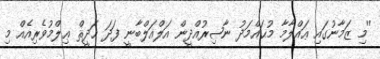
''މި ޒަމާނުގައި ޢައްލާމާ މުޙައްމަދު ނާޞިރުއްދީން އަލްއަލްބާނީ ފަދަ ޙަދީޘް ޢިލްމުވެރިއެއް މި